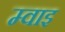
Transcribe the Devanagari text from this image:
म्वाइ